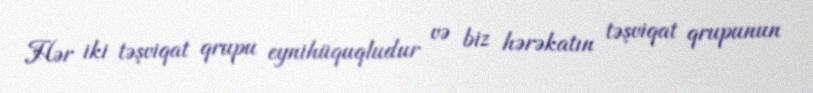
Hər iki təşviqat qrupu eynihüquqludur və biz hərəkatın təşviqat qrupunun